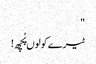
"
ٹیرے کولوں پُچھ!